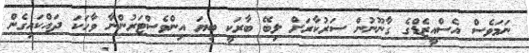
ނަމަވެސް އެސްއީޒެޑްގެ ގާނޫނުން ސަރުކާރަށް ލިބޭ ބާރަކީ ބިޔަ އިންވެސްޓަރުންނާ ވާހަކަ ދައްކައިގެން